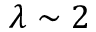
\lambda \sim 2